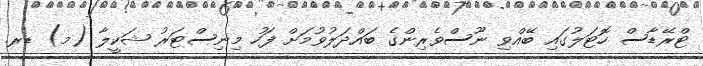
ޓްރޭޑާސް ހޮޓަލުގައި ބޭއްވި ނޫސްވެރިންގެ ބައްދަލުވުމަށް ފަހު މިނިސްޓަރު ޝަކީލާ (މ) ޑރ.